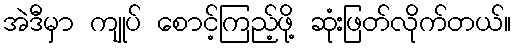
အဲဒီမှာ ကျုပ် စောင့်ကြည့်ဖို့ ဆုံးဖြတ်လိုက်တယ်။